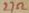
Text: 27Ω